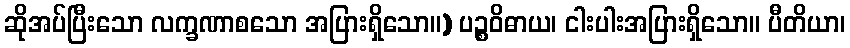
ဆိုအပ်ပြီးသော လက္ခဏာစသော အပြားရှိသော။) ပဉ္စဝိဓာယ၊ ငါးပါးအပြားရှိသော။ ပီတိယာ၊